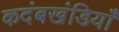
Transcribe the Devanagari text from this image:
कदंबखंडियाँ